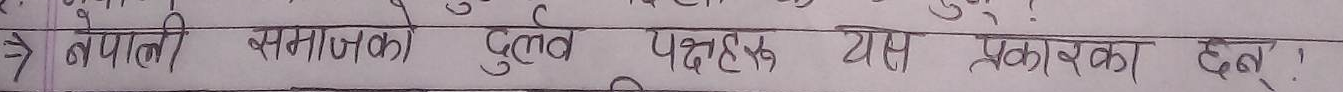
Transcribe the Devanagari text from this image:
नेपाली समाजका दुर्बल पक्षहरू यस प्रकारका छन्।